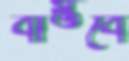
বাস্তবে